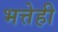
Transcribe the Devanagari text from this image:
भत्तेही